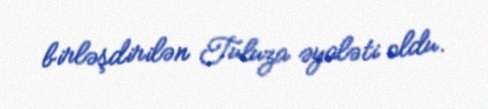
birləşdirilən Tuluza əyaləti oldu.